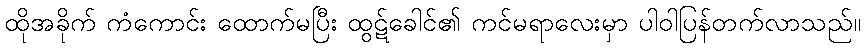
ထိုအခိုက် ကံကောင်း ထောက်မပြီး ထွဋ်ခေါင်၏ ကင်မရာလေးမှာ ပါဝါပြန်တက်လာသည်။